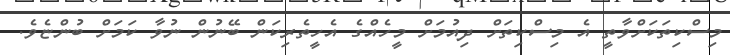
މިސްކިތަކަށްވާތީ އެ މިސްކިތަށް ދިއުމަށް މީހެއްގެ އެހީތެރިކަން ބޭނުން ނުވާ ކަމަށް ބުންޏެވެ.